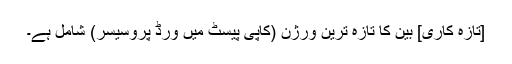
[تازہ کاری] بین کا تازہ ترین ورژن (کاپی پیسٹ میں ورڈ پروسیسر) شامل ہے۔